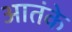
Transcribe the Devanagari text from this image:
आतंके